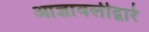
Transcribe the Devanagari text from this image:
आज्ञावलीद्वारे